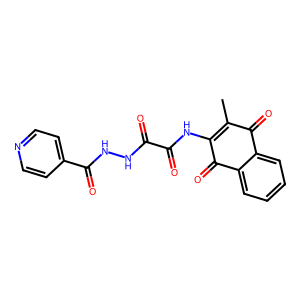
SMILES: CC1=C(NC(=O)C(=O)NNC(=O)c2ccncc2)C(=O)c2ccccc2C1=O
Inhibits HIV replication: No